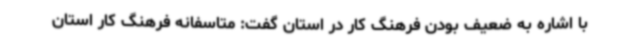
با اشاره به ضعیف بودن فرهنگ کار در استان گفت: متاسفانه فرهنگ کار استان